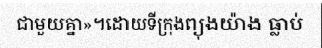
ជាមួយគ្នា»។ដោយទីក្រុងព្យុងយ៉ាង ធ្លាប់